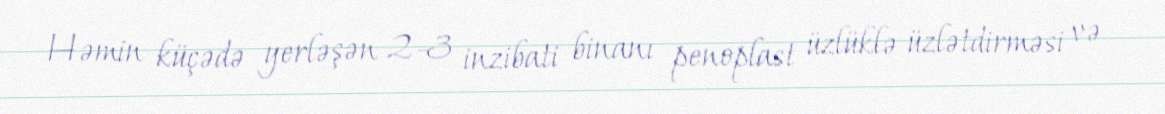
Həmin küçədə yerləşən 2-3 inzibati binanı penoplast üzlüklə üzlətdirməsi və